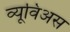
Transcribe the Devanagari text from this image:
व्यूविअस